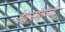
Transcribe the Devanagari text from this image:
टेक्नॉलॅजी